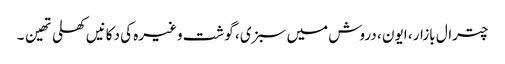
چترال بازار ، ایون ، دروش میں سبزی ، گوشت وغیرہ کی دکانیں کھلی تھین ۔